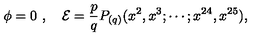
\phi = 0 \ , \quad \mathcal { E } = \frac { p } { q } P _ { ( q ) } ( x ^ { 2 } , x ^ { 3 } ; \cdots ; x ^ { 2 4 } , x ^ { 2 5 } ) ,